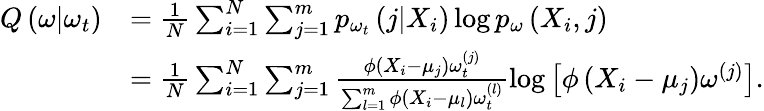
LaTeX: \begin{array}{rl}{Q\left(\omega|\omega_{t}\right)}&{=\frac{1}{N}\sum_{i=1}^{N}\sum_{j=1}^{m}p_{\omega_{t}}\left(j|X_{i}\right)\log p_{\omega}\left(X_{i},j\right)}\\ &{=\frac{1}{N}\sum_{i=1}^{N}\sum_{j=1}^{m}\frac{\phi\left(X_{i}-\mu_{j}\right)\omega_{t}^{(j)}}{\sum_{l=1}^{m}\phi\left(X_{i}-\mu_{l}\right)\omega_{t}^{(l)}}\log\left[\phi\left(X_{i}-\mu_{j}\right)\omega^{(j)}\right].}\end{array}